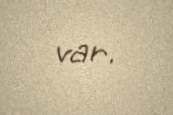
var.